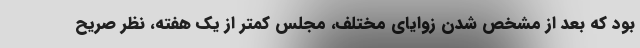
بود که بعد از مشخص شدن زوایای مختلف، مجلس کمتر از یک هفته، نظر صریح